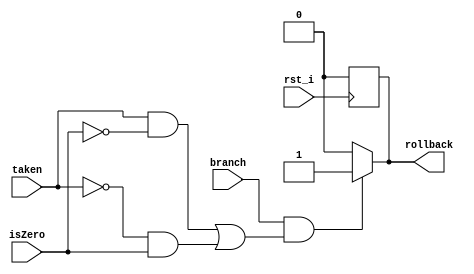
module BCU(
    rst_i,

    branch,
    taken,
    isZero,

    rollback,
);

input rst_i;
input branch;
input taken;
input isZero;
output reg rollback; 


always @(posedge rst_i) begin
    rollback <= 0;
end

always @(*) begin
    // taken + isZero
    // 1 + 0 => ok 
    // 1 + non => rollback
    // 0 + 0 => rollback
    // 0 + non => ok
    if(branch && ((taken && ~isZero) || (~taken && isZero))) begin
        rollback <= 1;
    end
    else begin 
        rollback <= 0;
    end
end
endmodule